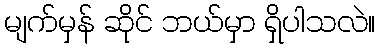
မျက်မှန် ဆိုင် ဘယ်မှာ ရှိပါသလဲ။